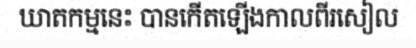
ឃាតកម្មនេះ បានកើតឡើងកាលពីរសៀល